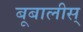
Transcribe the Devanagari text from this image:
बूबालीस्